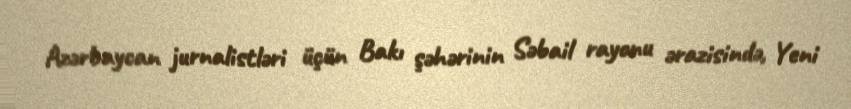
Azərbaycan jurnalistləri üçün Bakı şəhərinin Səbail rayonu ərazisində, Yeni